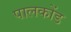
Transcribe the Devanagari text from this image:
पालकोंड